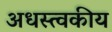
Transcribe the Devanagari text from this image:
अधस्त्वकीय